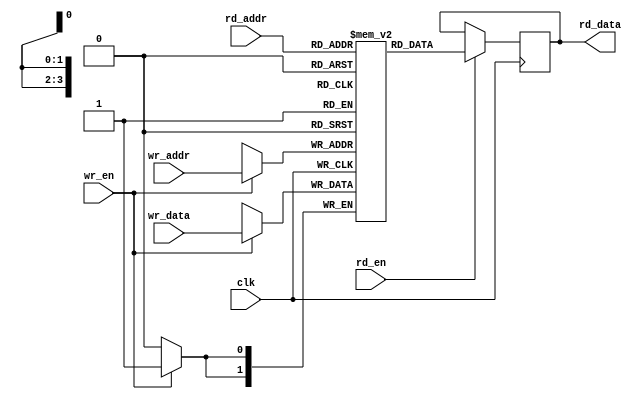
module dpram # (
    parameter  DATA_WIDTH = 2,
    parameter  ADDR_WIDTH = 4
) (
    input [ADDR_WIDTH-1:0] wr_addr ,
    input [DATA_WIDTH-1:0] wr_data ,
    input wr_en ,

    input [ADDR_WIDTH-1:0] rd_addr ,
    output reg [DATA_WIDTH-1:0] rd_data ,
    input rd_en ,

    input clk
);

reg [DATA_WIDTH-1:0] mem [(2**ADDR_WIDTH) -1 :0] ;

always @ ( posedge clk ) begin
    if ( wr_en ) begin
        mem [ wr_addr ] <= wr_data ;
    end
end

always @ ( posedge clk ) begin
    if ( rd_en ) begin
        rd_data <= mem [ rd_addr ] ;
    end
end

endmodule